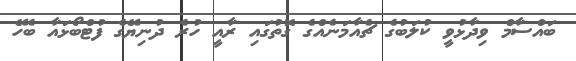
ބައްސާމް ވިދާޅުވީ ކުލަބުގެ ޗެއާމަނެއްގެ ގޮތުގައި ރާއީ ހުރެ ދުނިޔޭގެ ފުޓްބޯޅައާ ބެހޭ